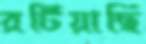
রটিয়াছি